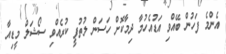
އެންމެ ފަހުން ބޭއްވި އަޑުއެހުމާ ދިމާކޮށް ހަސަން ލުތުފީ ކުރެއްވި ސޯޝަލް މީޑިއާ